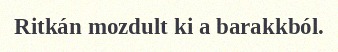
Ritkán mozdult ki a barakkból.